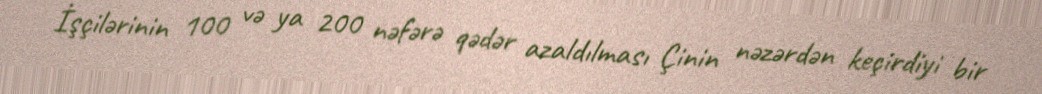
İşçilərinin 100 və ya 200 nəfərə qədər azaldılması Çinin nəzərdən keçirdiyi bir